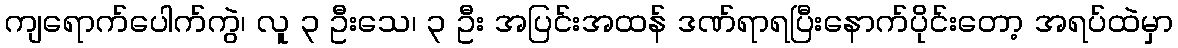
ကျရောက်ပေါက်ကွဲ၊ လူ ၃ ဦးသေ၊ ၃ ဦး အပြင်းအထန် ဒဏ်ရာရပြီးနောက်ပိုင်းတော့ အရပ်ထဲမှာ